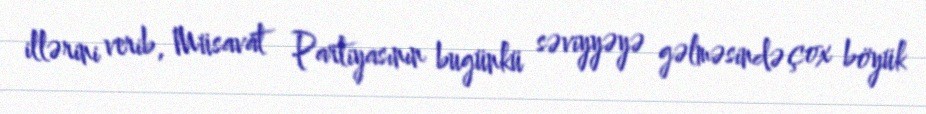
illərini verib, Müsavat Partiyasının bugünkü səviyyəyə gəlməsində çox böyük